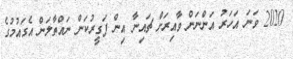
2020 ވަނަ އަހަރު އަންނަން ވާއިރަށް ޗައިނާ އިން ފަގީރުކަން ނައްތާލަން އެގައުމުގެ